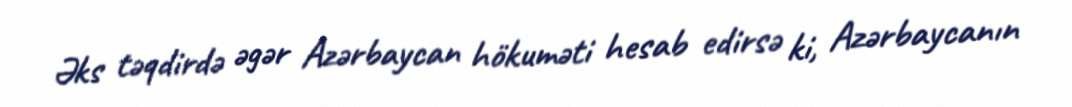
Əks təqdirdə əgər Azərbaycan hökuməti hesab edirsə ki, Azərbaycanın